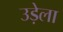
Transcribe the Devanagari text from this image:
उड़ेला